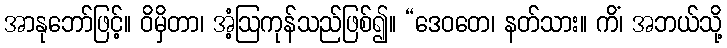
အာနုဘော်ဖြင့်။ ဝိမှိတာ၊ အံ့ဩကုန်သည်ဖြစ်၍။ “ဒေဝတေ၊ နတ်သား။ ကိံ၊ အဘယ်သို့